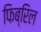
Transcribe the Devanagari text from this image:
फिब्रिल